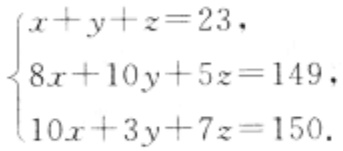
\(\begin{cases}
x + y + z = 23,\\
8x + 10y + 5z = 149,\\
10x + 3y + 7z = 150.
\end{cases}\)